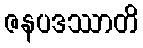
ဇနပဒဿာတိ